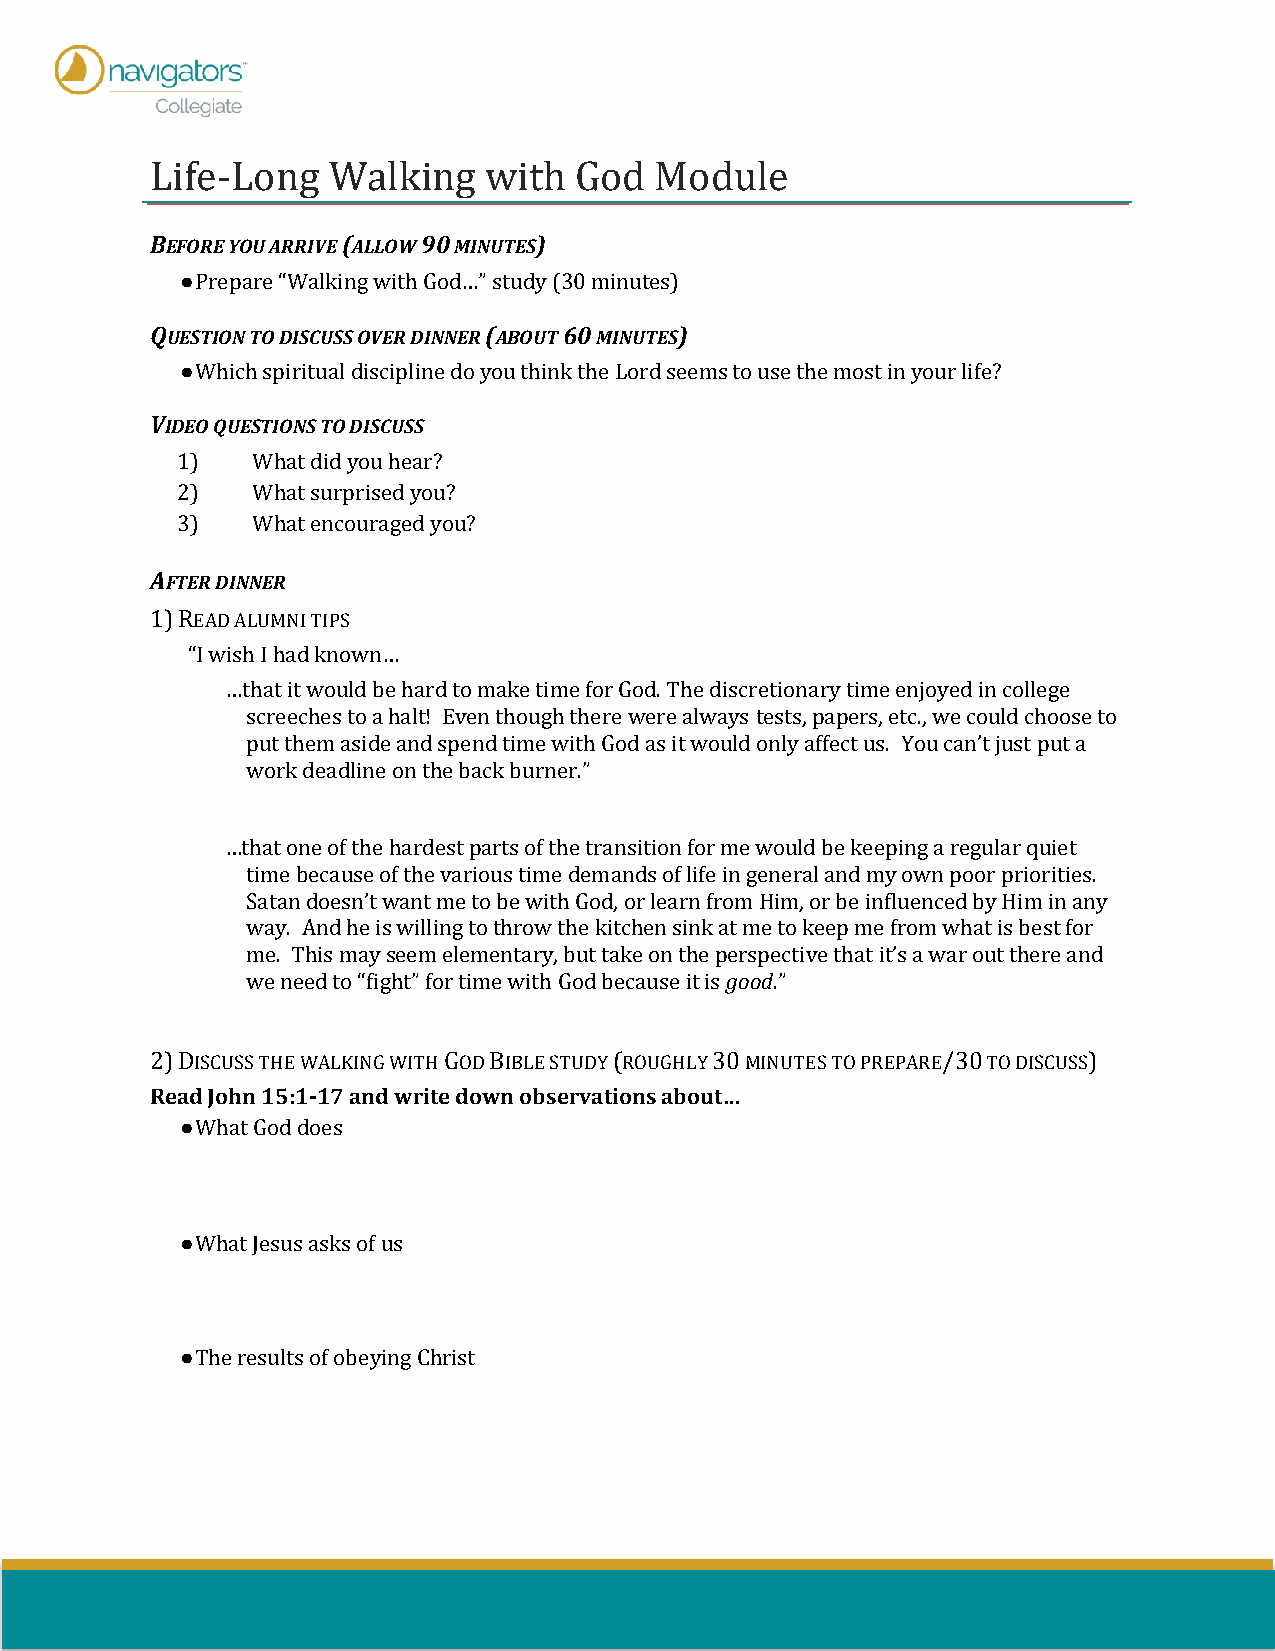
Life-Long   Walking   with  God  Module
 BEFORE YOU ARRIVE (ALLOW 90 MINUTES)
 ● Prepare “Walking with God…” study (30 minutes)
 QUESTION TO DISCUSS OVER DINNER (ABOUT 60 MINUTES)
 ● Which spiritual discipline do you think the Lord seems to use the most in your life?
 VIDEO QUESTIONS TO DISCUSS
 1)   What did you hear?
 2)   What surprised you?
 3)   What encouraged you?
 AFTER DINNER
 1) READ ALUMNI TIPS
 “I wish I had known…
 …that it would be hard to make time for God. The discretionary time enjoyed in college
 screeches to a halt! Even though there were always tests, papers, etc., we could choose to
 put them aside and spend time with God as it would only affect us. You can’t just put a
 work deadline on the back burner.”
 …that one of the hardest parts of the transition for me would be keeping a regular quiet
 time because of the various time demands of life in general and my own poor priorities.
 Satan doesn’t want me to be with God, or learn from Him, or be influenced by Him in any
 way. And he is willing to throw the kitchen sink at me to keep me from what is best for
 me. This may seem elementary, but take on the perspective that it’s a war out there and
 we need to “fight” for time with God because it is good.”
 2) DISCUSS THE WALKING WITH GOD BIBLE STUDY (ROUGHLY 30 MINUTES TO PREPARE/30 TO DISCUSS)
 Read John 15:1-17 and write down observations about…
 ● What God does
 ● What Jesus asks of us
 ● The results of obeying Christ